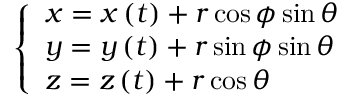
\left\{ \begin{array} { l } { x = x \left( t \right) + r \cos \phi \sin \theta } \\ { y = y \left( t \right) + r \sin \phi \sin \theta } \\ { z = z \left( t \right) + r \cos \theta } \end{array} \right.